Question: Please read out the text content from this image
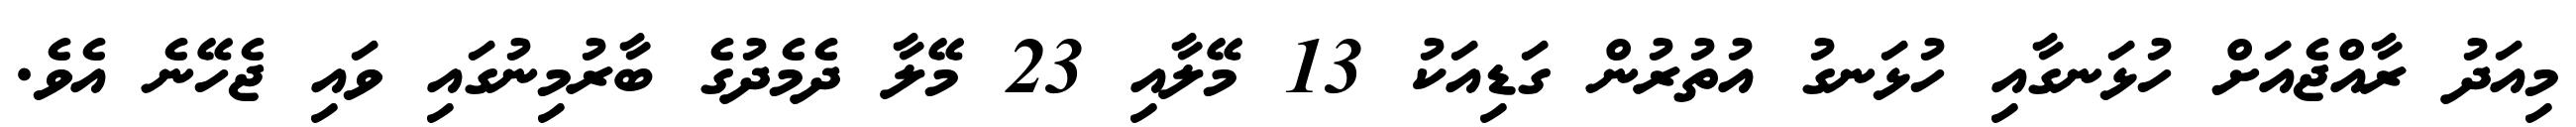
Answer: މިއަދު ރާއްޖެއަށް ހުޅަނގާއި ހުޅަނގު އުތުރުން ގަޑިއަކު 13 މޭލާއި 23 މޭލާ ދެމެދުގެ ބާރުމިނުގައި ވައި ޖެހޭނެ އެވެ.